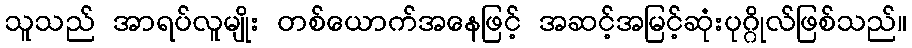
သူသည် အာရပ်လူမျိုး တစ်ယောက်အနေဖြင့် အဆင့်အမြင့်ဆုံးပုဂ္ဂိုလ်ဖြစ်သည်။